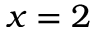
x = 2